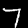
Label: 7